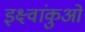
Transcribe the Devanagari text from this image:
इक्ष्वांकुओं